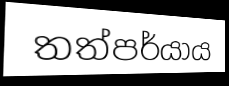
තත්පර්යාය